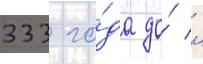
333 го́да до́ н